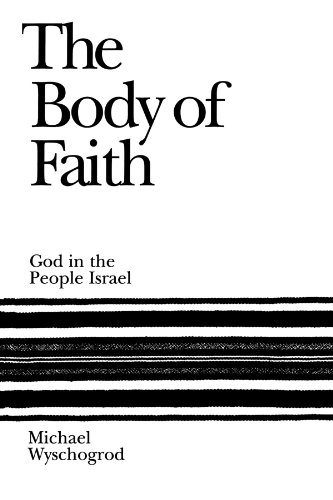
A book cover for The Body of Faith: God in the People Israel; Michael Wyschogrod; Politics & Social Sciences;